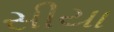
સીયા